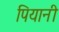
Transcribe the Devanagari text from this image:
पियानी